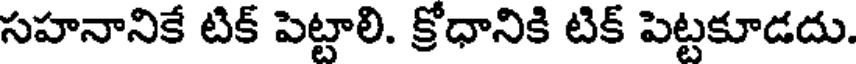
సహనానికే టిక్ పెట్టాలి. క్రోధానికి టిక్ పెట్టకూడదు.